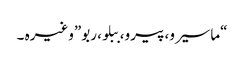
“ماسیرو، پیرو، ببلو، ربو”وغیرہ ۔